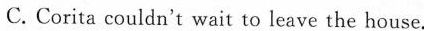
C. Corita couldn't wait to leave the house.